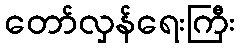
တော်လှန်ရေးကြီး